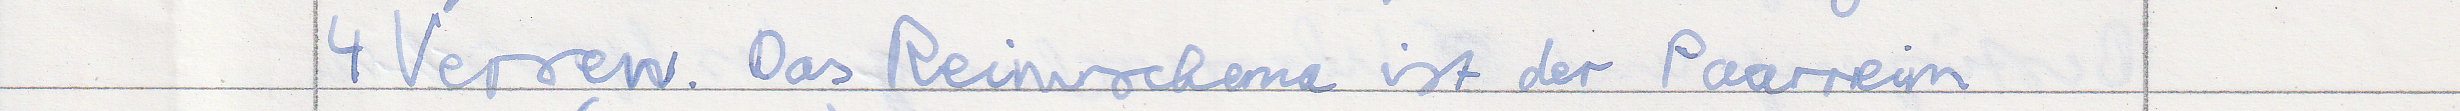
4 Versen. Das Reimschema ist der Paarreim